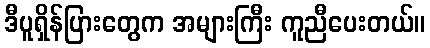
ဒီပူရှိန်ပြားတွေက အများကြီး ကူညီပေးတယ်။